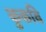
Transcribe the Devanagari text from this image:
कुकवि